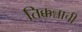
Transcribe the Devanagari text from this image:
तिक्कन्नाची